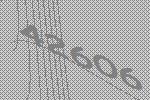
42606